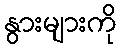
နွားများကို